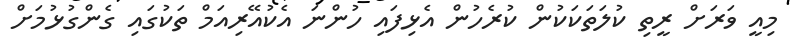
މިއީ ވަރަށް ރީތި ކުލަތަކަކުން ކުރެހުން އެޅިފައި ހުންނަ އެކުއޭރިއަމް ތަކުގައި ގެންގުޅުމަށް